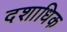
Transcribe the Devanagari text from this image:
दशाधिक